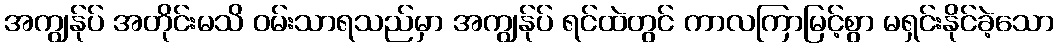
အကျွန်ုပ် အတိုင်းမသိ ဝမ်းသာရသည်မှာ အကျွန်ုပ် ရင်ထဲတွင် ကာလကြာမြင့်စွာ မရှင်းနိုင်ခဲ့သော